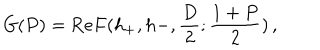
G ( P ) = \mathrm { R e } F ( h _ { + } , h - , \frac D 2 ; \frac { 1 + P } { 2 } ) \, ,